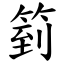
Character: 箌